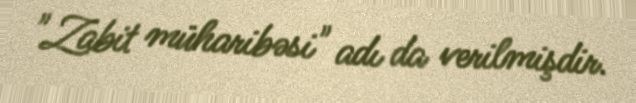
"Zabit müharibəsi" adı da verilmişdir.